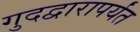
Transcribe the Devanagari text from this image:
गुदद्वारापर्यंत